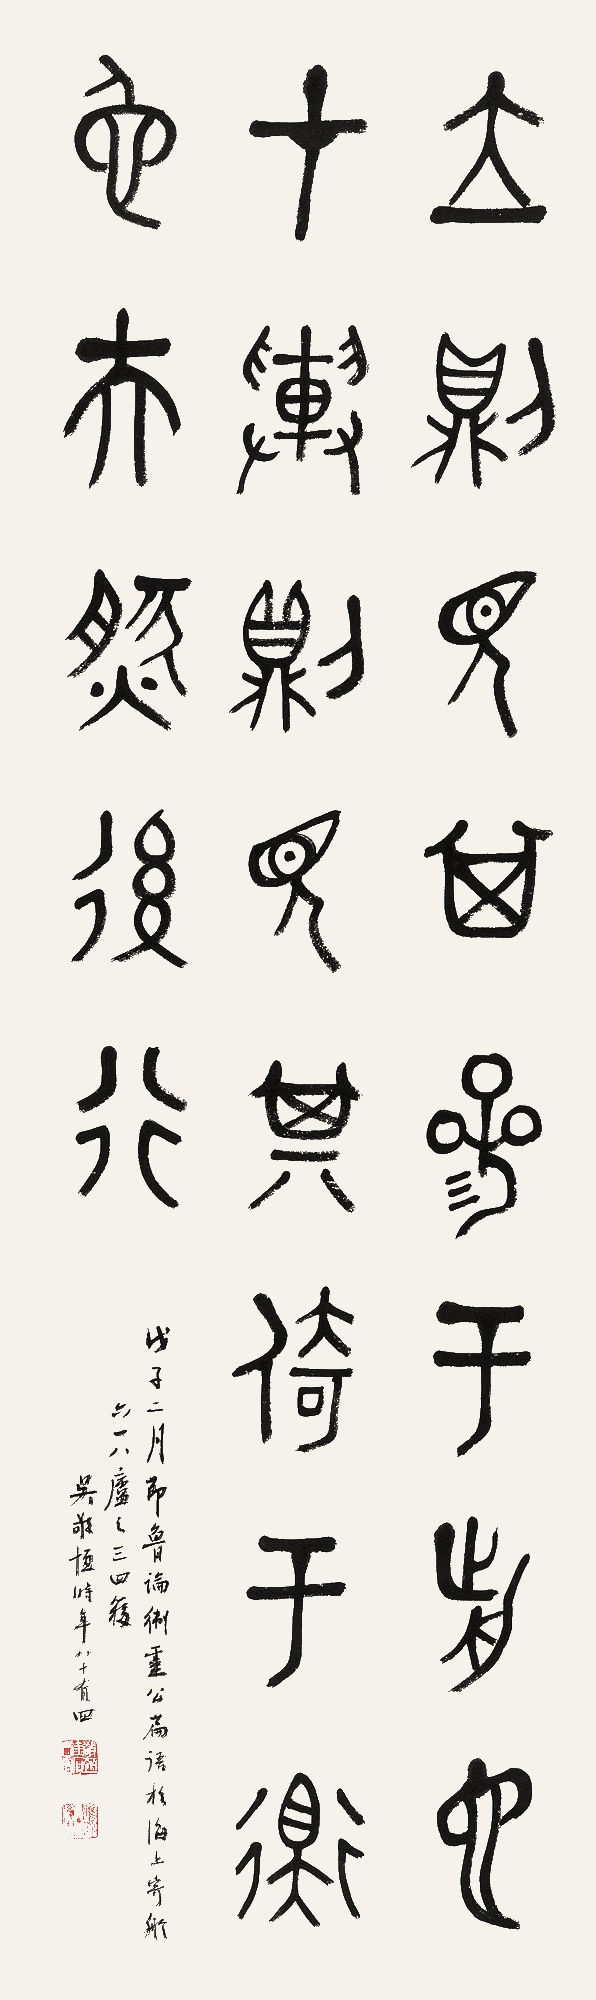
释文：立则见其参于前也，在舆则见其倚于衡也，夫然后行。戊子二月节《鲁论·卫灵公篇》语于海上寄舲六一八庐之三四簃。吴敬恒时年八十有四。